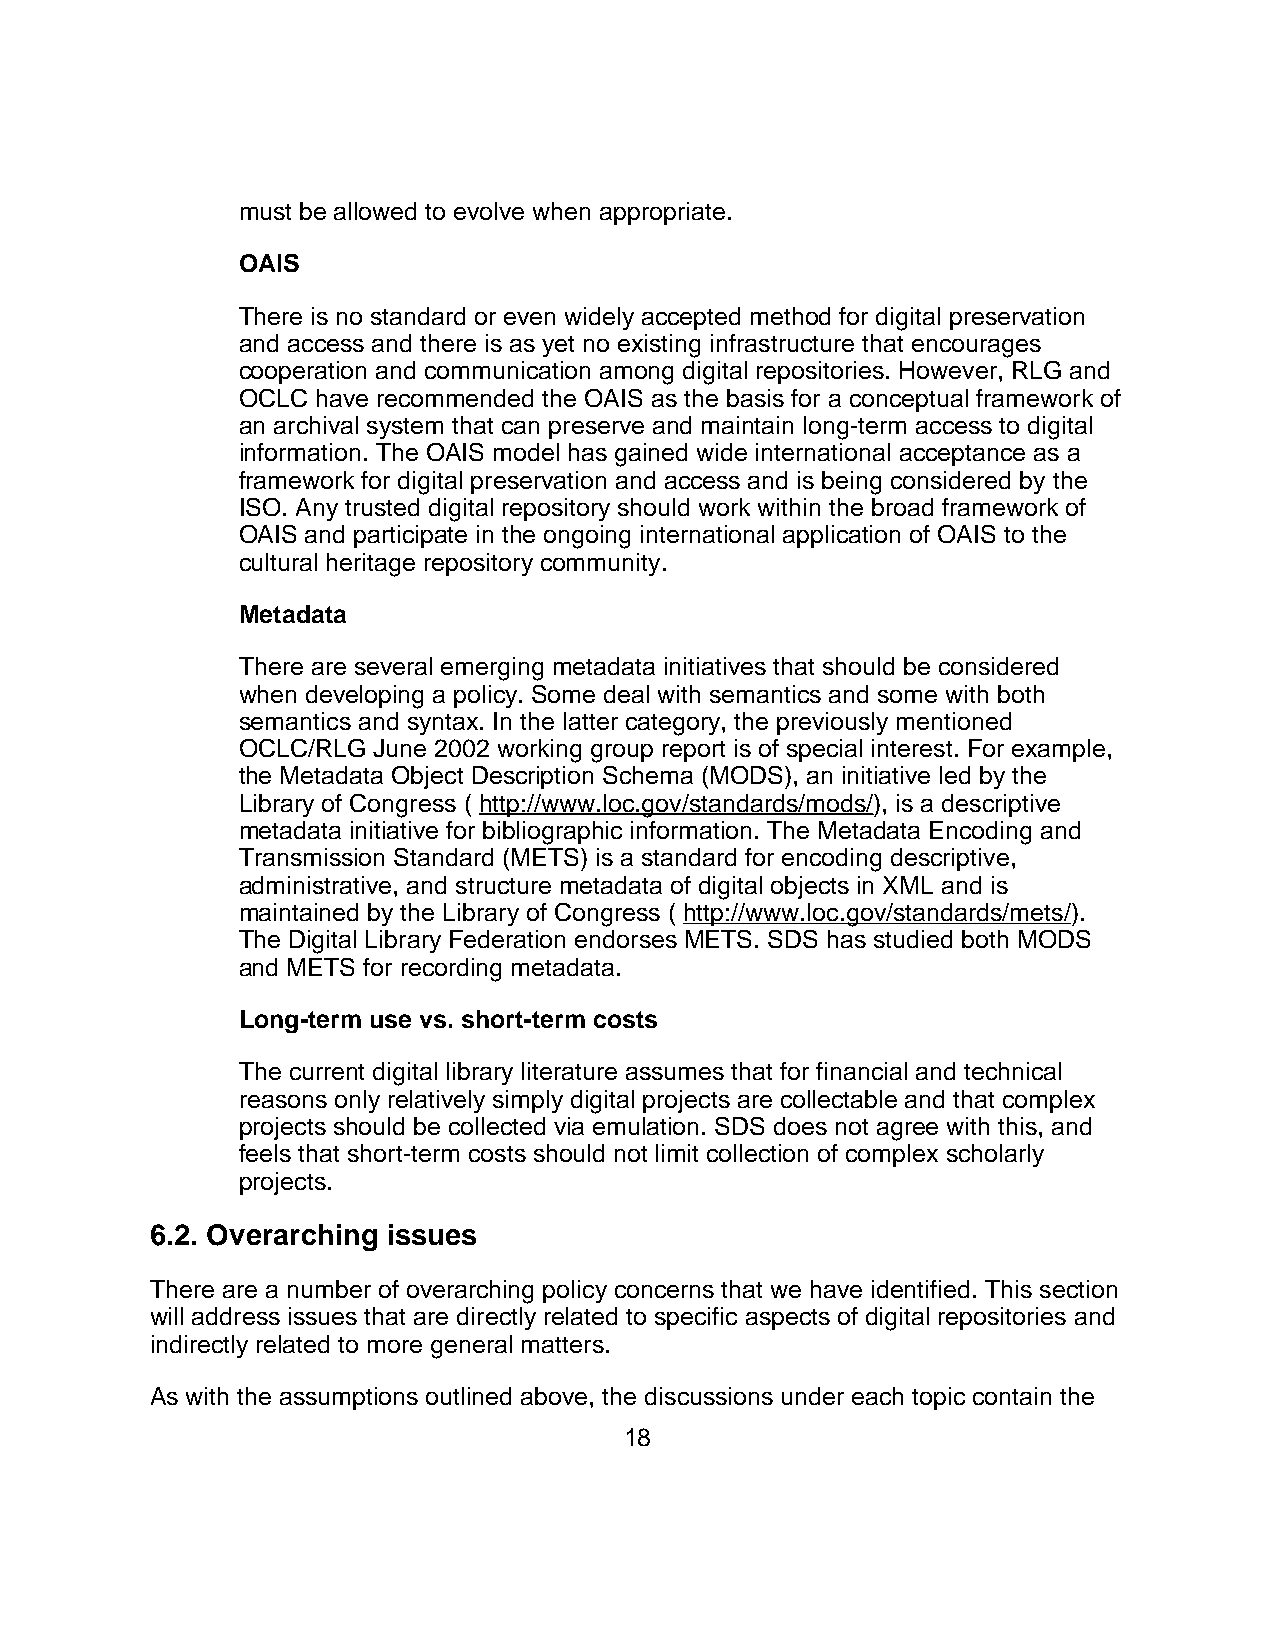
must be allowed to evolve when appropriate.
 OAIS
 There is no standard or even widely accepted method for digital preservation
 and access and there is as yet no existing infrastructure that encourages
 cooperation and communication among digital repositories. However, RLG and
 OCLC have recommended the OAIS as the basis for a conceptual framework of
 an archival system that can preserve and maintain long-term access to digital
 information. The OAIS model has gained wide international acceptance as a
 framework for digital preservation and access and is being considered by the
 ISO. Any trusted digital repository should work within the broad framework of
 OAIS and participate in the ongoing international application of OAIS to the
 cultural heritage repository community.
 Metadata
 There are several emerging metadata initiatives that should be considered
 when developing a policy. Some deal with semantics and some with both
 semantics and syntax. In the latter category, the previously mentioned
 OCLC/RLG June 2002 working group report is of special interest. For example,
 the Metadata Object Description Schema (MODS), an initiative led by the
 Library of Congress ( http://www.loc.gov/standards/mods/), is a descriptive
 metadata initiative for bibliographic information. The Metadata Encoding and
 Transmission Standard (METS) is a standard for encoding descriptive,
 administrative, and structure metadata of digital objects in XML and is
 maintained by the Library of Congress ( http://www.loc.gov/standards/mets/).
 The Digital Library Federation endorses METS. SDS has studied both MODS
 and METS for recording metadata.
 Long-term use vs. short-term costs
 The current digital library literature assumes that for financial and technical
 reasons only relatively simply digital projects are collectable and that complex
 projects should be collected via emulation. SDS does not agree with this, and
 feels that short-term costs should not limit collection of complex scholarly
 projects.
 6.2. Overarching issues
 There are a number of overarching policy concerns that we have identified. This section
 will address issues that are directly related to specific aspects of digital repositories and
 indirectly related to more general matters.
 As with the assumptions outlined above, the discussions under each topic contain the
 18